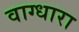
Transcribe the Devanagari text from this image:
वाग्धारा